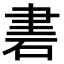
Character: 𥒠